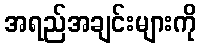
အရည်အချင်းများကို